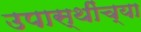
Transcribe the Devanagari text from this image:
उपास्थींच्या